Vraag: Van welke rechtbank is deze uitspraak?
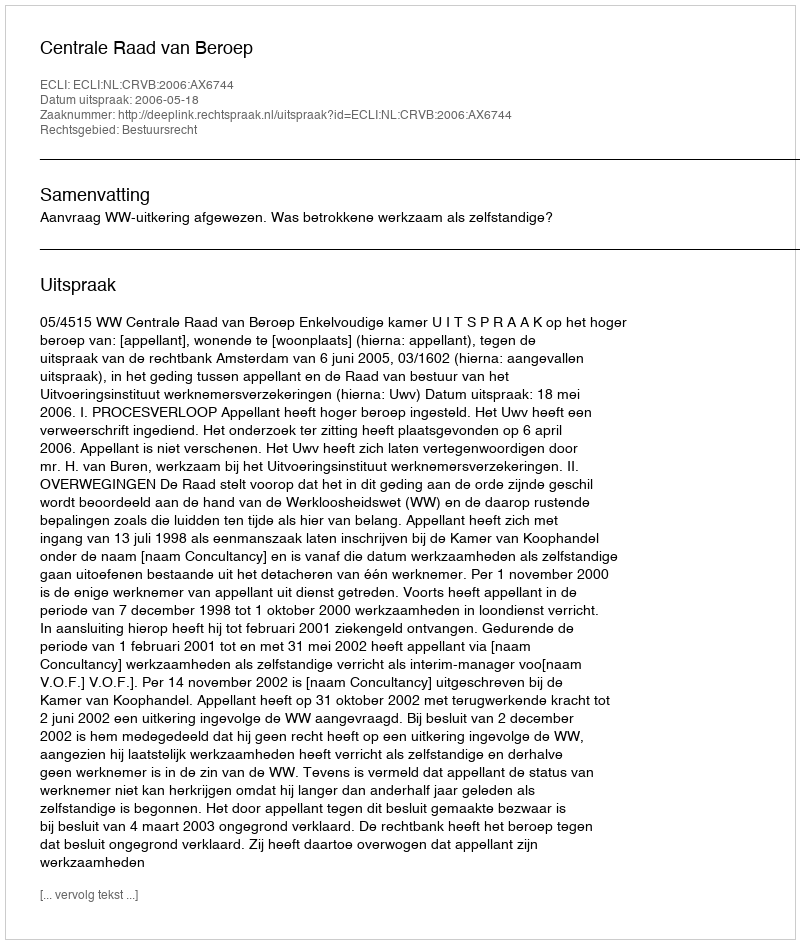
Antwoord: Centrale Raad van Beroep